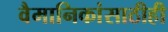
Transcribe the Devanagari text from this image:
वैमानिकांसाठीही